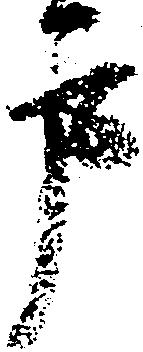
戸